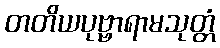
တတိယပုဗ္ဗာရာမသုတ္တံ